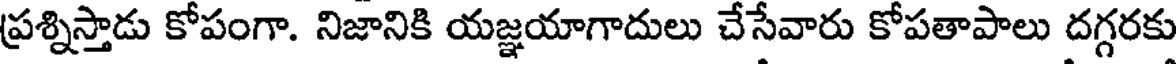
ప్రశ్నిస్తాడు కోపంగా. నిజానికి యజ్ఞయాగాదులు చేసేవారు కోపతాపాలు దగ్గరకు